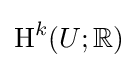
\operatorname {H} ^{k}(U;\mathbb {R} )